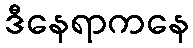
ဒီနေရာကနေ